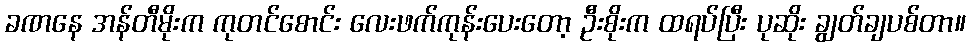
ခဏနေ အန်တီမိုးက ကုတင်စောင်း လေးဖက်ကုန်းပေးတော့ ဦးစိုးက ထရပ်ပြီး ပုဆိုး ချွတ်ချပစ်တာ။